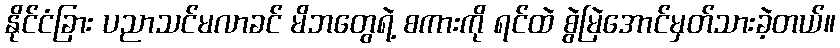
နိုင်ငံခြား ပညာသင်မလာခင် မိဘတွေရဲ့ စကားကို ရင်ထဲ စွဲမြဲအောင်မှတ်သားခဲ့တယ်။